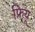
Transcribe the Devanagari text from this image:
फ्रियू